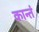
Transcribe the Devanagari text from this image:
कान्तं